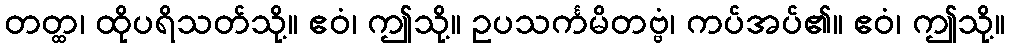
တတ္ထ၊ ထိုပရိသတ်သို့။ ဧဝံ၊ ဤသို့။ ဥပသင်္ကမိတဗ္ဗံ၊ ကပ်အပ်၏။ ဧဝံ၊ ဤသို့။